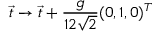
\vec { t } \to \vec { t } + \frac { g } { 1 2 \sqrt { 2 } } ( 0 , 1 , 0 ) ^ { T }